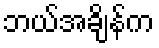
ဘယ်အချိန်က